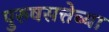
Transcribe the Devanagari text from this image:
पुरुषसत्तेच्या